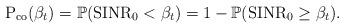
LaTeX: \begin{align*} \textrm{P}_\textrm{co}(\beta_t) = \mathbb{P}(\textrm{SINR}_0 < \beta_t) = 1- \mathbb{P}(\textrm{SINR}_0 \geq \beta_t).\end{align*}